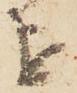
を